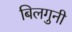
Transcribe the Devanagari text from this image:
बिलगुनी